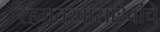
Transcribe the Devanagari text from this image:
रेहमतखासाहेबांचे